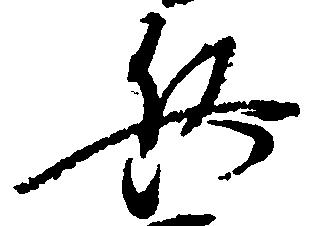
兵